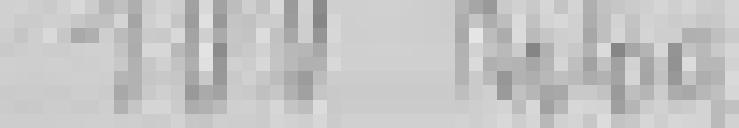
100 kilogrammes